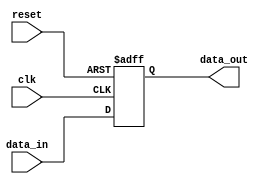
module IO_Block_TTL (
    input wire clk,
    input wire reset,
    input wire data_in,
    output reg data_out
);

// Input buffer to amplify incoming signals
reg amplified_data;

// Output buffer to drive signals
assign data_out = amplified_data;

always @ (posedge clk or posedge reset) begin
    if (reset) begin
        amplified_data <= 1'b0;
    end else begin
        amplified_data <= data_in;
    end
end

endmodule